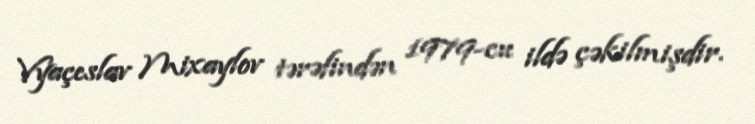
Vyaçeslav Mixaylov tərəfindən 1979-cu ildə çəkilmişdir.